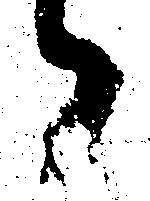
候